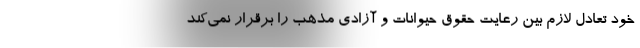
خود تعادل لازم بین رعایت حقوق حیوانات و آزادی مذهب را برقرار نمی‌کند